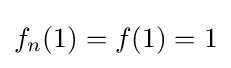
f_{n}(1)=f(1)=1